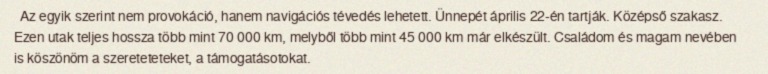
Az egyik szerint nem provokáció, hanem navigációs tévedés lehetett. Ünnepét április 22-én tartják. Középső szakasz. Ezen utak teljes hossza több mint 70 000 km, melyből több mint 45 000 km már elkészült. Családom és magam nevében is köszönöm a szereteteteket, a támogatásotokat.